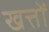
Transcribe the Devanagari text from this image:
खत्तों